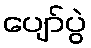
ပျော်ပွဲ